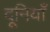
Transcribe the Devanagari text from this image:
दूनियाँ